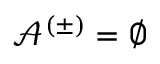
\mathcal { A } ^ { ( \pm ) } = \emptyset